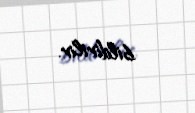
bildirilir.